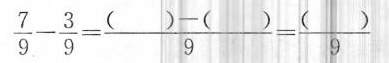
$$\frac { 7 } { 9 } - \frac { 3 } { 9 } = \frac { ( ) - ( ) } { 9 } = \frac { ( ) } { 9 }$$